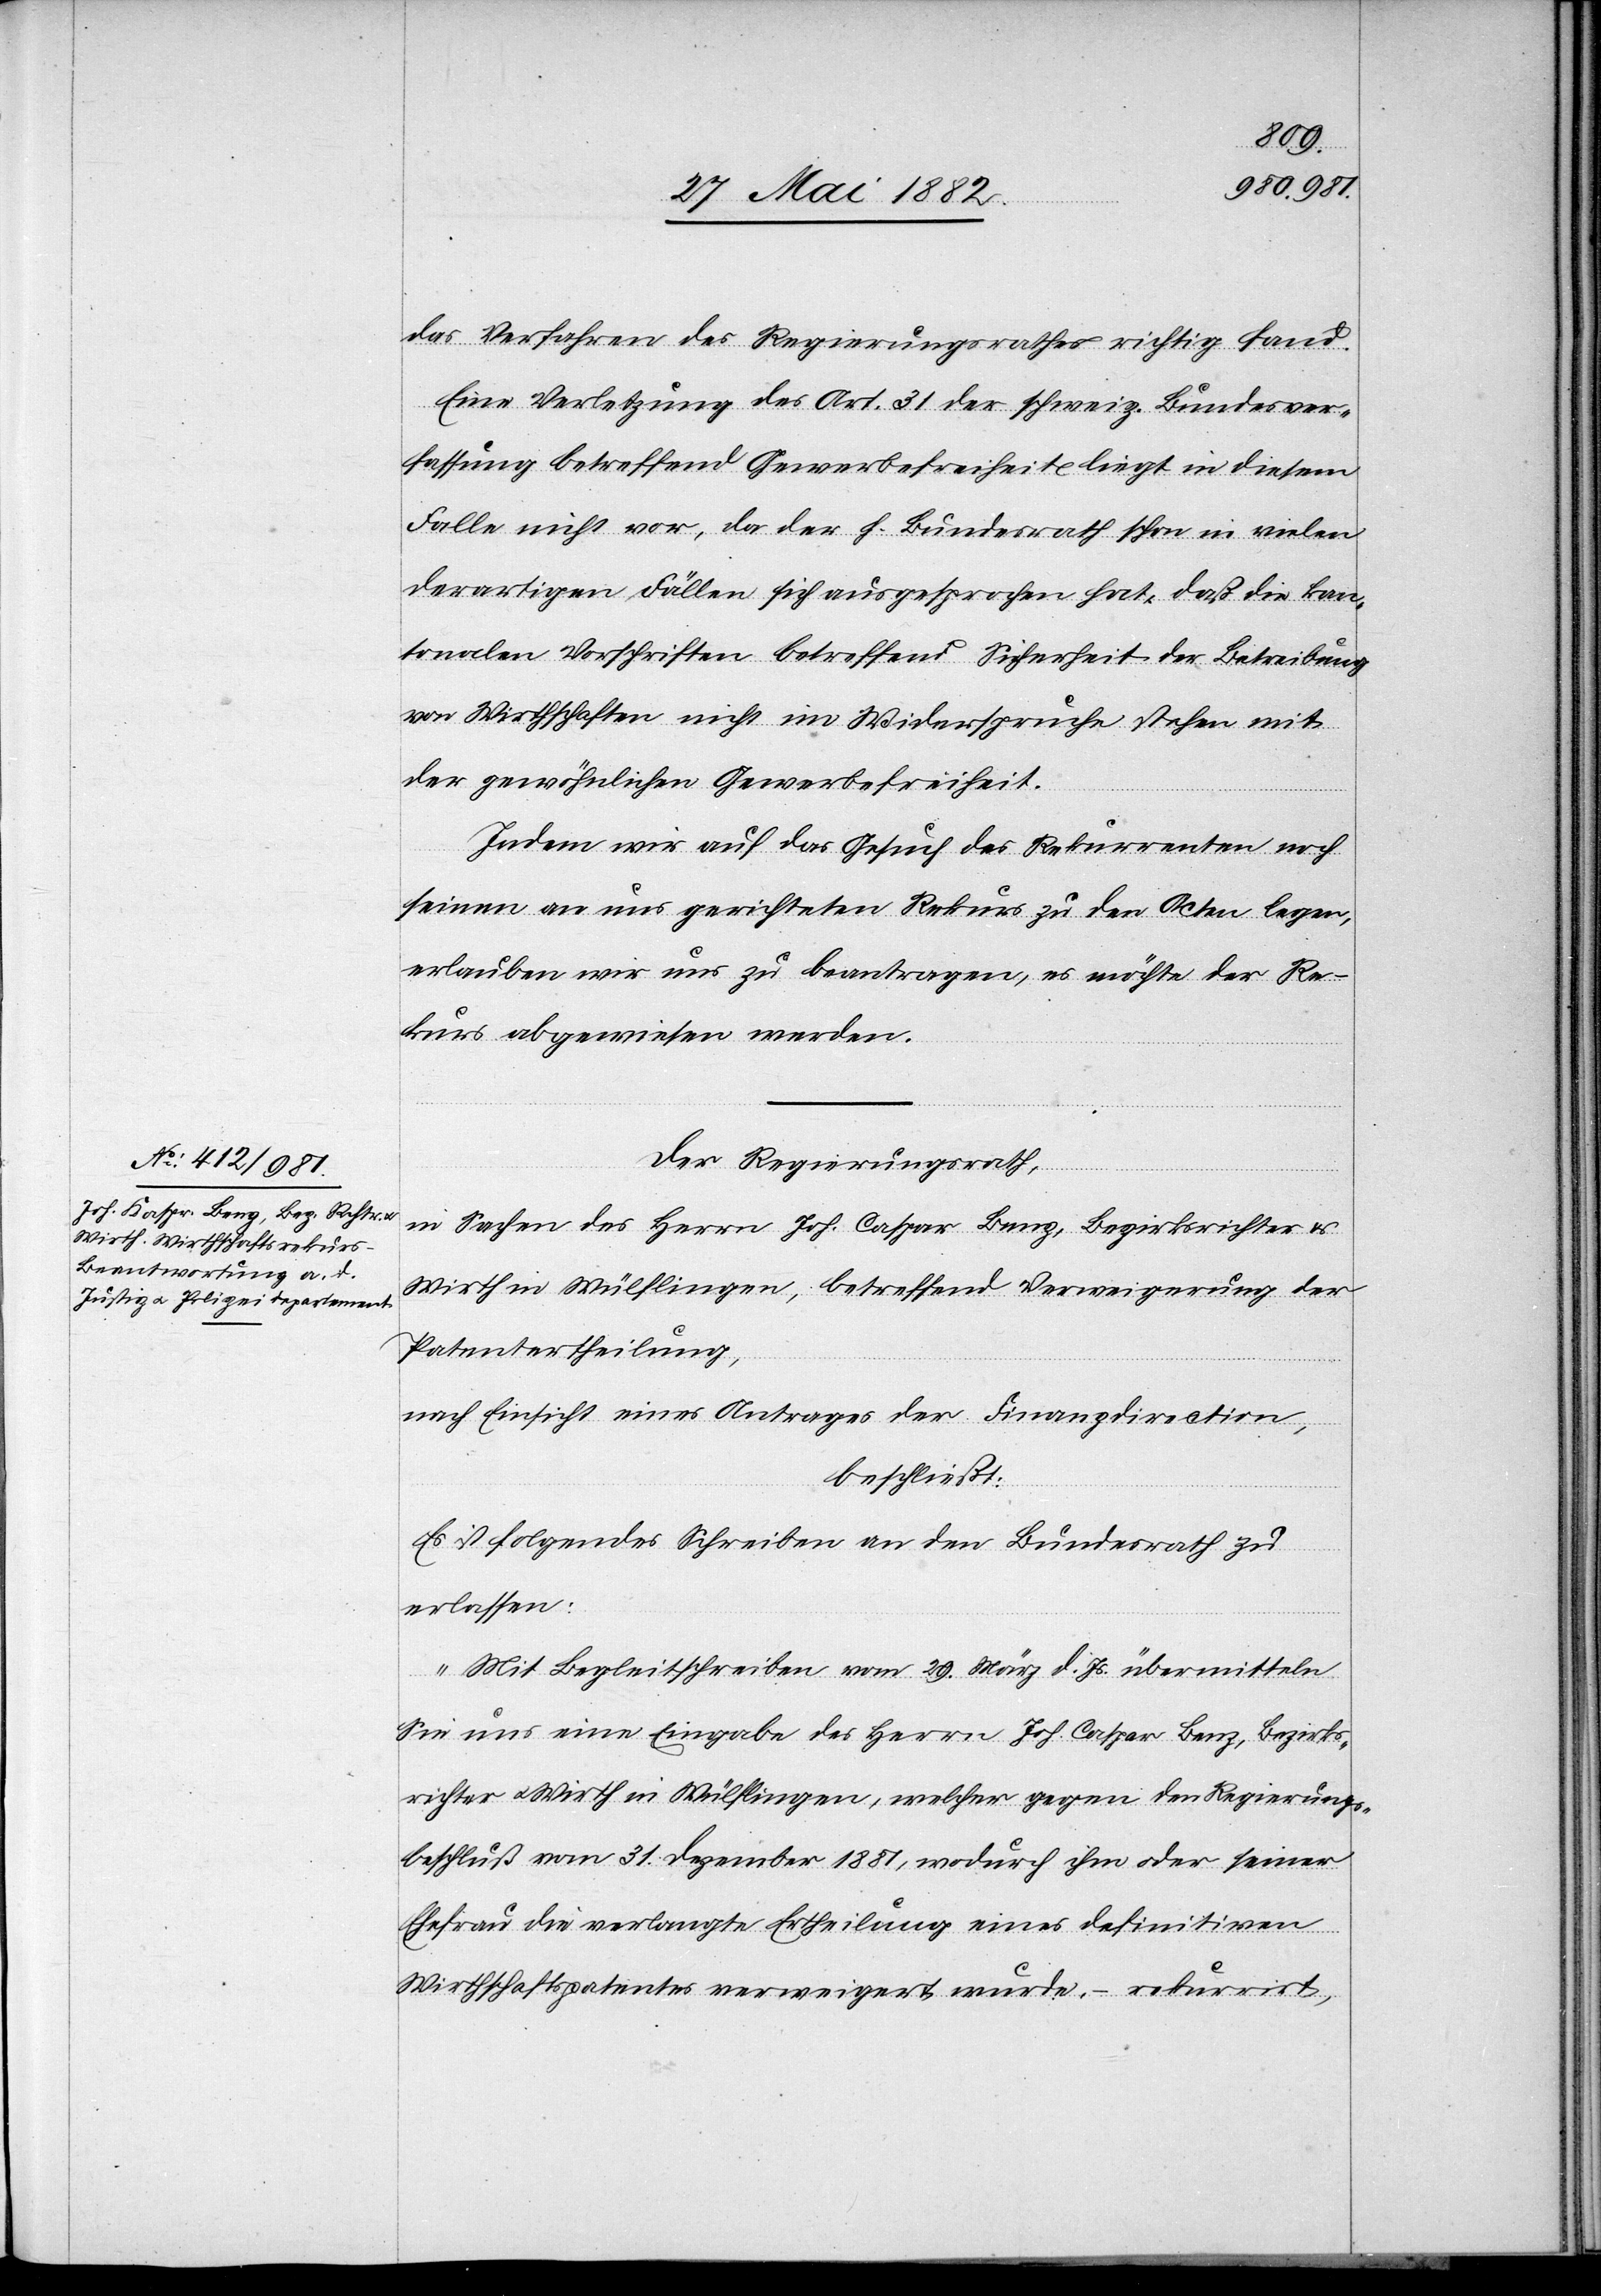
das Verfahren des Regierungsrathes richtig fand.
Eine Verletzung des Art. 31 der schweiz. Bundesver¬
fassung betreffend Gewerbefreiheit liegt in diesem
Falle nicht vor, da der h. Bundesrath schon in vielen
derartigen Fällen sich ausgesprochen hat, daß die kan¬
tonalen Vorschriften betreffend Sicherheit der Betreibung
von Wirthschaften nicht im Widerspruche stehen mit
der gewöhnlichen Gewerbefreiheit.
Indem wir auf das Gesuch des Rekurrenten noch
seinen an uns gerichteten Rekurs zu den Acten legen,
erlauben wir uns zu beantragen, es möchte der Re¬
kurs abgewiesen werden.
Der Regierungsrath,
in Sachen des Herrn Joh. Caspar [sic!] Benz, Bezirksrichter &
Wirth in Wülflingen, betreffend Verweigerung der
Patentertheilung,
nach Einsicht eines Antrages der Finanzdirection,
beschließt:
Es ist folgendes Schreiben an den Bundesrath zu
erlassen:
„Mit Begleitschreiben vom 29. März d. Js. übermitteln
Sie uns eine Eingabe des Herrn Joh. Caspar Benz, Bezirks¬
richter u. Wirth in Wülflingen, welcher gegen den Regierungs¬
beschluß vom 31. Dezember 1881, wodurch ihm oder seiner
Ehefrau die verlangte Ertheilung eines definitiven
Wirthschaftspatentes verweigert wurde, – rekurrirt,